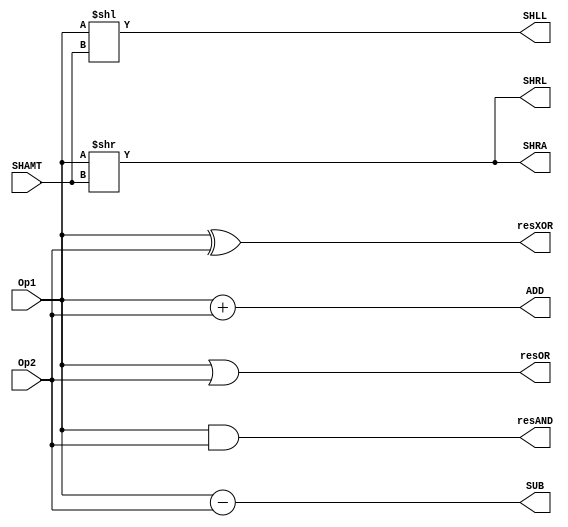
`timescale 1ns/1ps
`default_nettype none
// PLEASE READ THIS, IT MAY SAVE YOU SOME TIME AND MONEY, THANK YOU!
// * This file was generated by Quokka FPGA Toolkit.
// * Generated code is your property, do whatever you want with it
// * Place custom code between [BEGIN USER ***] and [END USER ***].
// * CAUTION: All code outside of [USER] scope is subject to regeneration.
// * Bad things happen sometimes in developer's life,
//   it is recommended to use source control management software (e.g. git, bzr etc) to keep your custom code safe'n'sound.
// * Internal structure of code is subject to change.
//   You can use some of signals in custom code, but most likely they will not exist in future (e.g. will get shorter or gone completely)
// * Please send your feedback, comments, improvement ideas etc. to evmuryshkin@gmail.com
// * Visit https://github.com/EvgenyMuryshkin/QuokkaEvaluation to access latest version of playground
//
// DISCLAIMER:
//   Code comes AS-IS, it is your responsibility to make sure it is working as expected
//   no responsibility will be taken for any loss or damage caused by use of Quokka toolkit.
//
// System configuration name is AXISoCQuadCoreModule_TopLevel_CPU1_CPU_ALU, clock frequency is 1Hz, Embedded
// FSM summary
// -- Packages
module AXISoCQuadCoreModule_TopLevel_CPU1_CPU_ALU
(
	// [BEGIN USER PORTS]
	// [END USER PORTS]
	input wire [31:0] Op1,
	input wire [31:0] Op2,
	input wire [4:0] SHAMT,
	output wire [31:0] ADD,
	output wire [31:0] resAND,
	output wire [31:0] resOR,
	output wire [31:0] resXOR,
	output wire [31:0] SHLL,
	output wire [31:0] SHRA,
	output wire [31:0] SHRL,
	output wire [31:0] SUB
);
	// [BEGIN USER SIGNALS]
	// [END USER SIGNALS]
	localparam HiSignal = 1'b1;
	localparam LoSignal = 1'b0;
	wire Zero = 1'b0;
	wire One = 1'b1;
	wire true = 1'b1;
	wire false = 1'b0;
	wire [31: 0] Inputs_Op1;
	wire [31: 0] Inputs_Op2;
	wire [4: 0] Inputs_SHAMT;
	wire signed [32: 0] internalAdd;
	wire signed [34: 0] internalSub;
	wire signed [31: 0] ALUModule_L15F46T65_SignChange;
	wire signed [31: 0] ALUModule_L15F68T87_SignChange;
	wire signed [31: 0] ALUModule_L16F46T65_SignChange;
	wire signed [32: 0] ALUModule_L16F46T77_Resize;
	wire signed [31: 0] ALUModule_L16F80T99_SignChange;
	wire signed [32: 0] ALUModule_L16F80T111_Resize;
	wire [31: 0] ALUModule_L18F35T53_Index;
	wire [31: 0] ALUModule_L23F36T71_Index;
	wire signed [31: 0] ALUModule_L25F37T56_SignChange;
	wire [31: 0] ALUModule_L25F36T80_Index;
	wire [31: 0] ALUModule_L24F37T58_SignChange;
	wire [31: 0] ALUModule_L24F36T82_Index;
	wire [31: 0] ALUModule_L19F35T53_Index;
	wire [31: 0] ALUModule_L20F38T61_Expr;
	wire [31: 0] ALUModule_L20F38T61_Expr_1;
	wire [31: 0] ALUModule_L20F38T61_Expr_2;
	wire [31: 0] ALUModule_L21F37T60_Expr;
	wire [31: 0] ALUModule_L21F37T60_Expr_1;
	wire [31: 0] ALUModule_L21F37T60_Expr_2;
	wire [31: 0] ALUModule_L22F38T61_Expr;
	wire [31: 0] ALUModule_L22F38T61_Expr_1;
	wire [31: 0] ALUModule_L22F38T61_Expr_2;
	wire [31: 0] ALUModule_L23F37T63_Expr;
	wire [31: 0] ALUModule_L23F37T63_Expr_1;
	wire [31: 0] ALUModule_L25F37T72_Expr;
	wire [31: 0] ALUModule_L25F37T72_Expr_1;
	wire [31: 0] ALUModule_L24F37T74_Expr;
	wire [31: 0] ALUModule_L24F37T74_Expr_1;
	wire signed [32: 0] ALUModule_L15F46T87_Expr;
	wire signed [32: 0] ALUModule_L15F46T87_Expr_1;
	wire signed [32: 0] ALUModule_L15F46T87_Expr_2;
	wire signed [33: 0] ALUModule_L16F46T111_Expr;
	wire signed [33: 0] ALUModule_L16F46T111_Expr_1;
	wire signed [33: 0] ALUModule_L16F46T111_Expr_2;
	assign ALUModule_L20F38T61_Expr = ALUModule_L20F38T61_Expr_1 & ALUModule_L20F38T61_Expr_2;
	assign ALUModule_L21F37T60_Expr = ALUModule_L21F37T60_Expr_1 | ALUModule_L21F37T60_Expr_2;
	assign ALUModule_L22F38T61_Expr = ALUModule_L22F38T61_Expr_1 ^ ALUModule_L22F38T61_Expr_2;
	assign ALUModule_L23F37T63_Expr = (ALUModule_L23F37T63_Expr_1 << Inputs_SHAMT);
	assign ALUModule_L25F37T72_Expr = (ALUModule_L25F37T72_Expr_1 >> Inputs_SHAMT);
	assign ALUModule_L24F37T74_Expr = (ALUModule_L24F37T74_Expr_1 >> Inputs_SHAMT);
	assign ALUModule_L15F46T87_Expr = ALUModule_L15F46T87_Expr_1 + ALUModule_L15F46T87_Expr_2;
	assign ALUModule_L16F46T111_Expr = ALUModule_L16F46T111_Expr_1 - ALUModule_L16F46T111_Expr_2;
	assign ALUModule_L20F38T61_Expr_1 = Inputs_Op1;
	assign ALUModule_L20F38T61_Expr_2 = Inputs_Op2;
	assign ALUModule_L21F37T60_Expr_1 = Inputs_Op1;
	assign ALUModule_L21F37T60_Expr_2 = Inputs_Op2;
	assign ALUModule_L22F38T61_Expr_1 = Inputs_Op1;
	assign ALUModule_L22F38T61_Expr_2 = Inputs_Op2;
	assign ALUModule_L23F37T63_Expr_1 = Inputs_Op1;
	assign ALUModule_L25F37T72_Expr_1 = ALUModule_L25F37T56_SignChange;
	assign ALUModule_L24F37T74_Expr_1 = ALUModule_L24F37T58_SignChange;
	assign ALUModule_L15F46T87_Expr_1 = {
		ALUModule_L15F46T65_SignChange[31],
		ALUModule_L15F46T65_SignChange
	}
	;
	assign ALUModule_L15F46T87_Expr_2 = {
		ALUModule_L15F68T87_SignChange[31],
		ALUModule_L15F68T87_SignChange
	}
	;
	assign ALUModule_L16F46T111_Expr_1 = {
		ALUModule_L16F46T77_Resize[32],
		ALUModule_L16F46T77_Resize
	}
	;
	assign ALUModule_L16F46T111_Expr_2 = {
		ALUModule_L16F80T111_Resize[32],
		ALUModule_L16F80T111_Resize
	}
	;
	assign Inputs_Op1 = Op1;
	assign Inputs_Op2 = Op2;
	assign Inputs_SHAMT = SHAMT;
	assign ALUModule_L15F46T65_SignChange = Inputs_Op1;
	assign ALUModule_L15F68T87_SignChange = Inputs_Op2;
	assign internalAdd = ALUModule_L15F46T87_Expr;
	assign ALUModule_L16F46T65_SignChange = Inputs_Op1;
	assign ALUModule_L16F46T77_Resize = {
		ALUModule_L16F46T65_SignChange[31],
		ALUModule_L16F46T65_SignChange
	}
	;
	assign ALUModule_L16F80T99_SignChange = Inputs_Op2;
	assign ALUModule_L16F80T111_Resize = {
		ALUModule_L16F80T99_SignChange[31],
		ALUModule_L16F80T99_SignChange
	}
	;
	assign internalSub = {
		ALUModule_L16F46T111_Expr[33],
		ALUModule_L16F46T111_Expr
	}
	;
	assign ALUModule_L18F35T53_Index = internalAdd[31:0];
	assign ADD = ALUModule_L18F35T53_Index;
	assign resAND = ALUModule_L20F38T61_Expr;
	assign resOR = ALUModule_L21F37T60_Expr;
	assign resXOR = ALUModule_L22F38T61_Expr;
	assign ALUModule_L23F36T71_Index = ALUModule_L23F37T63_Expr[31:0];
	assign SHLL = ALUModule_L23F36T71_Index;
	assign ALUModule_L25F37T56_SignChange = Inputs_Op1;
	assign ALUModule_L25F36T80_Index = ALUModule_L25F37T72_Expr[31:0];
	assign SHRA = ALUModule_L25F36T80_Index;
	assign ALUModule_L24F37T58_SignChange = Inputs_Op1;
	assign ALUModule_L24F36T82_Index = ALUModule_L24F37T74_Expr[31:0];
	assign SHRL = ALUModule_L24F36T82_Index;
	assign ALUModule_L19F35T53_Index = internalSub[31:0];
	assign SUB = ALUModule_L19F35T53_Index;
	// [BEGIN USER ARCHITECTURE]
	// [END USER ARCHITECTURE]
endmodule